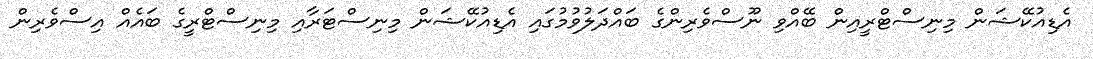
އެޑިއުކޭޝަން މިނިސްޓްރީއިން ބޭއްވި ނޫސްވެރިންގެ ބައްދަލުވުމުގައި އެޑިއުކޭޝަން މިނިސްޓަރާއި މިނިސްޓްރީގެ ބައެއް އިސްވެރިން